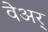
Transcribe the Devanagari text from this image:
वेअर्